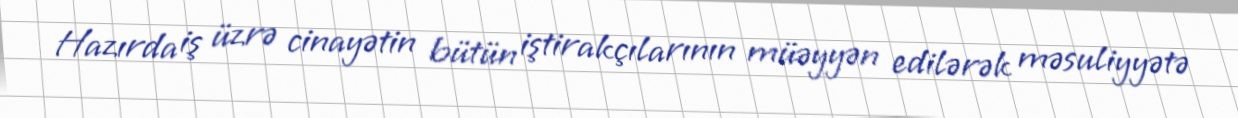
Hazırda iş üzrə cinayətin bütün iştirakçılarının müəyyən edilərək məsuliyyətə